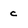
Character: c